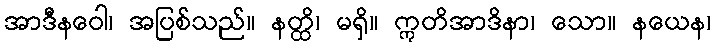
အာဒီနဝေါ၊ အပြစ်သည်။ နတ္ထိ၊ မရှိ။ ဣတိအာဒိနာ၊ သော။ နယေန၊